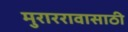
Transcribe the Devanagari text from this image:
मुराररावासाठी